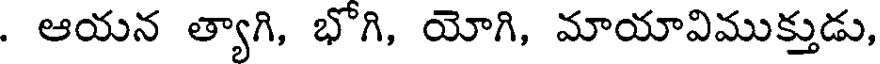
. ఆయన త్యాగి, భొగి, యోగి, మాయావిముక్తుడు,